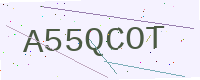
Text: A55QCOT